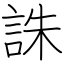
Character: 誅